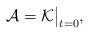
\begin{align*}\mathcal A=\mathcal K\big|_{t=0},\end{align*}